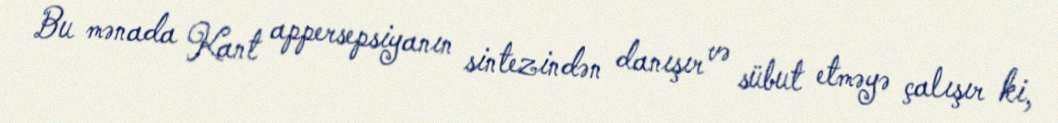
Bu mənada Kant appersepsiyanın sintezindən danışır və sübut etməyə çalışır ki,